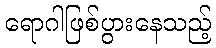
ရောဂါဖြစ်ပွားနေသည့်